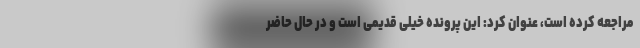
مراجعه کرده است، عنوان کرد: این پرونده خیلی قدیمی است و در حال حاضر